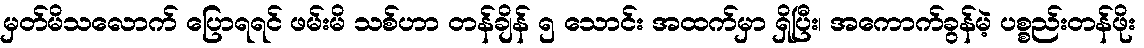
မှတ်မိသလောက် ပြောရရင် ဖမ်းမိ သစ်ဟာ တန်ချိန် ၅ သောင်း အထက်မှာ ရှိပြီး၊ အကောက်ခွန်မဲ့ ပစ္စည်းတန်ဖိုး